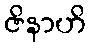
ဇိနာဟိ